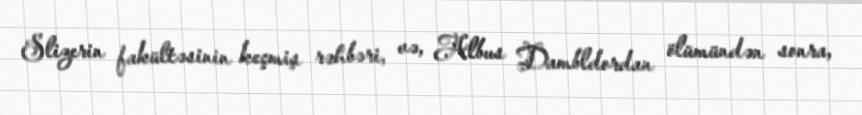
Slizerin fakültəsinin keçmiş rəhbəri, və, Albus Dambldordan ölümündən sonra,